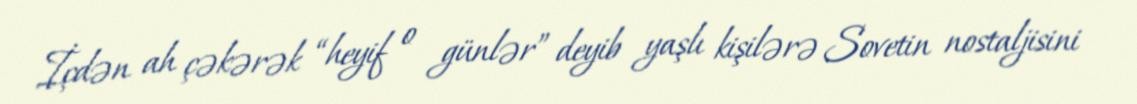
İçdən ah çəkərək “heyif o günlər” deyib yaşlı kişilərə Sovetin nostaljisini